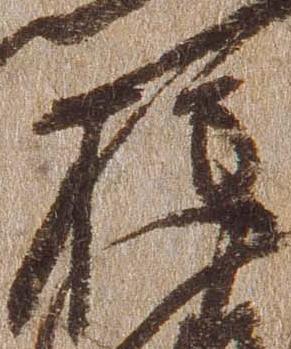
権